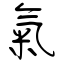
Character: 氣